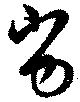
劣